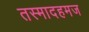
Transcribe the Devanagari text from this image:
तस्मादहमज